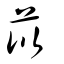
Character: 苡